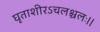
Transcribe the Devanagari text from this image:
घृताशीरऽचलश्चलः।।